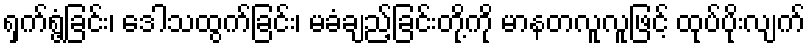
ရှက်ရွံ့ခြင်း၊ ဒေါသထွက်ခြင်း၊ မခံချည့်ခြင်းတို့ကို မာနတလူလူဖြင့် ထုပ်ပိုးလျက်